Mental hospitals Bombay report 1929-33 - 1929-1933
Year: 1929
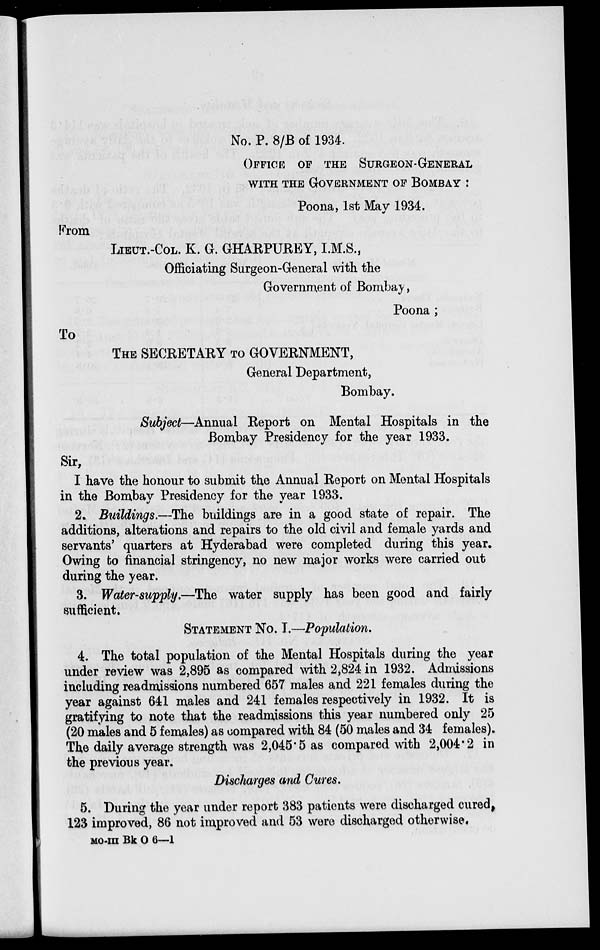
No. P. 8/B of 1934.
OFFICES OF THE SURGEON-GENERAL
WITH THE GOVERNMENT OF BOMBAY :
Poona, 1st May 1934.
From
LIEUT.-COL. K. G. GHARPUREY, I.M.S.,
Officiating Surgeon-General with the
Government of Bombay,
Poona ;
To
THE SECRETARY TO GOVERNMENT,
General Department,
Bombay.
Subject—Annual Report on Mental Hospitals in the
Bombay Presidency for the year 1933.
Sir,
I have the honour to submit the Annual Report on Mental Hospitals
in the Bombay Presidency for the year 1933.
2. Buildings.—The buildings are in a good state of repair. The
additions, alterations and repairs to the old civil and female yards and
servants' quarters at Hyderabad were completed during this year.
Owing to financial stringency, no new major works were carried out
during the year.
3. Water-supply.—The water supply has been good and fairly
sufficient.
STATEMENT No. I.—Population.
4. The total population of the Mental Hospitals during the year
under review was 2,895 as compared with 2,824 in 1932. Admissions
including readmissions numbered 657 males and 221 females during the
year against 641 males and 241 females respectively in 1932. It is
gratifying to note that the readmissions this year numbered only 25
(20 males and 5 females) as compared with 84 (50 males and 34 females).
The daily average strength was 2,045.5 as compared with 2,004.2 in
the previous year.
Discharges and Cures.
5. During the year under report 383 patients were discharged cured,
123 improved, 86 not improved and 53 were discharged otherwise.
MO-III Bk O 6—1